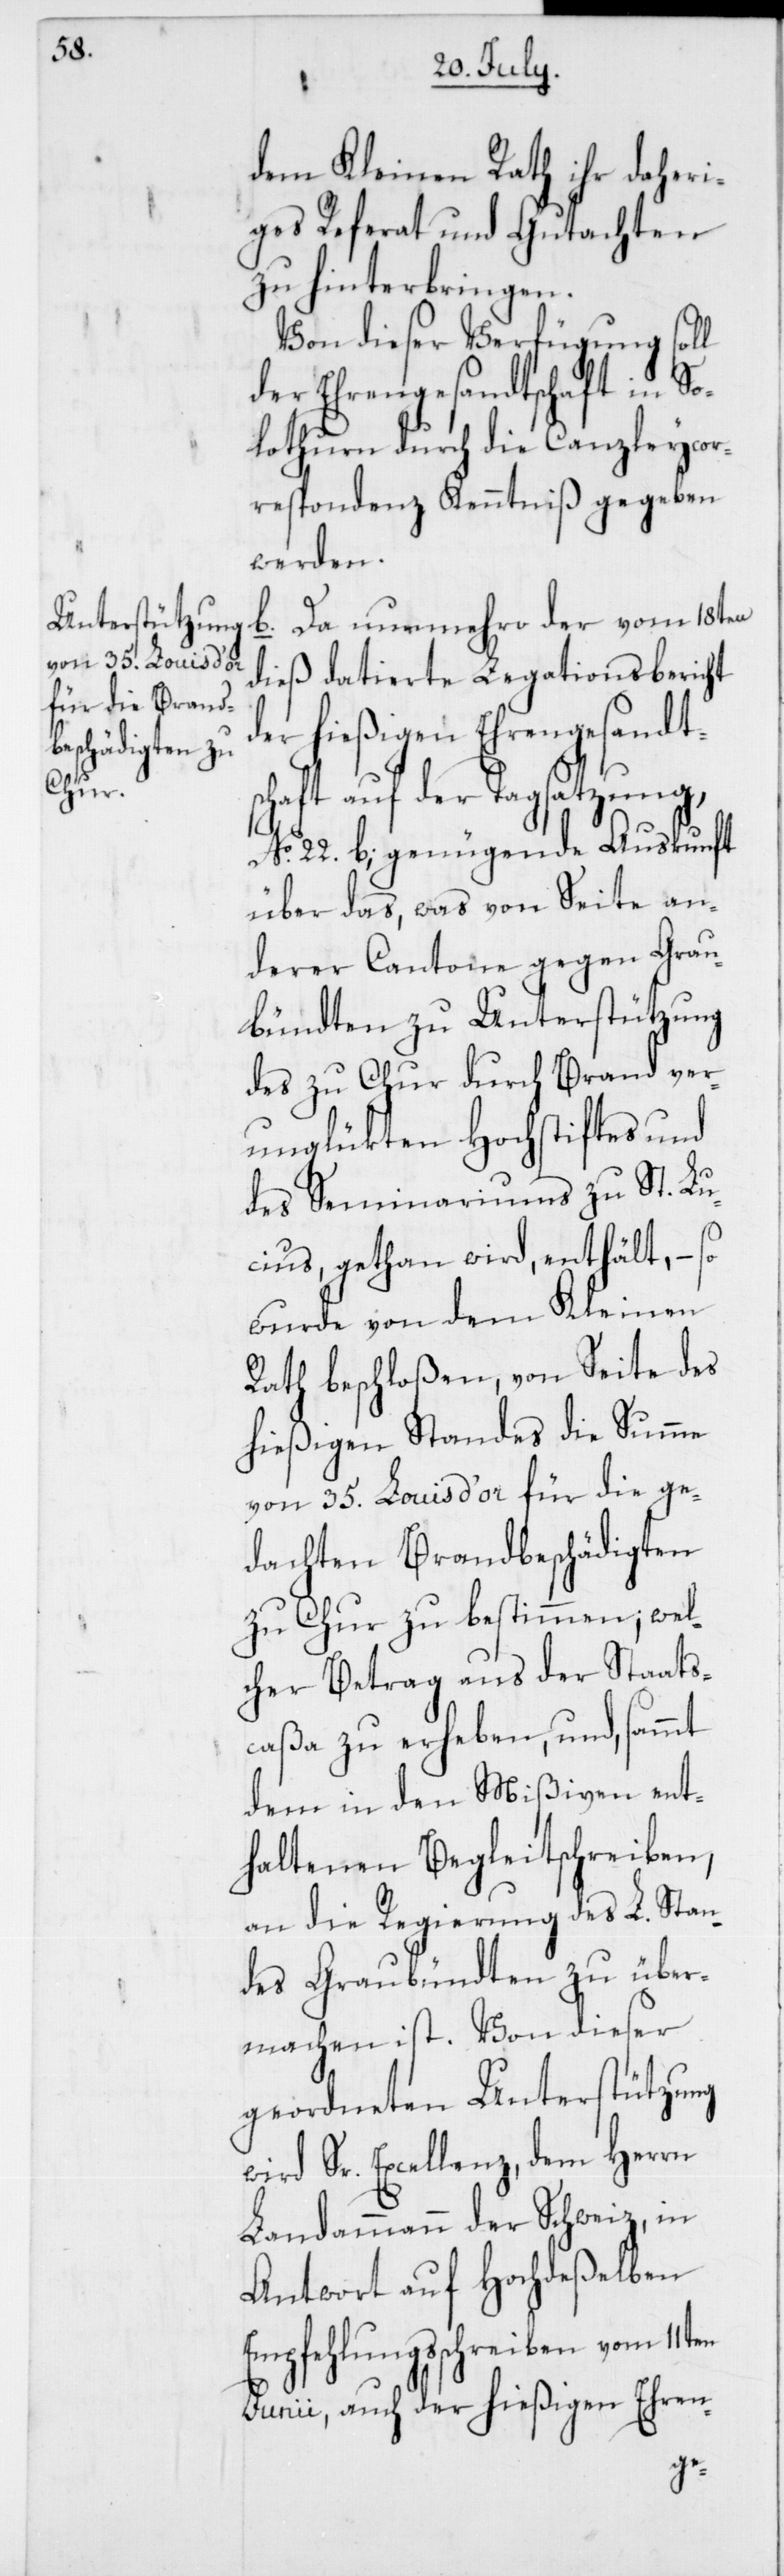
dem Kleinen Rath ihr daheri¬
ges Referat und Gutachten
zu hinterbringen.
Von dieser Verfügung soll
der Ehrengesandtschaft in So¬
lothurn durch die Canzleycor¬
respondenz Kenntniß gegeben
werden.
b. Da nunmehro der vom 18ten
dieß datierte Legationsbericht
der hießigen Ehrengesandts¬
chaft auf der Tagsatzung,
No. 22. b; genügende Auskunft
über das, was von Seite an¬
derer Cantone gegen Grau¬
bündten zu Unterstützung
des zu Chur durch Brand ver¬
unglükten Hochstiftes und
des Seminariums zu St. Lu¬
cius gethan wird, enthält, – so
wurde von dem Kleinen
Rath beschloßen, von Seite des
hießigen Standes die Summe
von 35. Louis d’or für die ge¬
dachten Brandbeschädigten
zu Chur zu bestimmen; wel¬
cher Betrag aus der Staats¬
caßa zu erheben, und, sammt
dem in den Mißiven ent¬
haltenen Begleitschreiben,
an die Regierung des L. Stan¬
des Graubündten zu über¬
machen ist. Von dieser
geordneten Unterstützung
wird Sr. Excellenz dem Herrn
Landammann der Schweiz, in
Antwort auf Hochdeßelben
Empfehlungsschreiben vom 11ten
Junii, auch der hießigen Ehren-